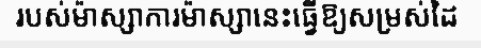
របស់ម៉ាស្សាការម៉ាស្សានេះធ្វើឱ្យសម្រស់ដៃ